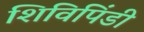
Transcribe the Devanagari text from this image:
शिविपिंडी